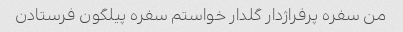
من سفره پرفراژدار گلدار خواستم سفره پیلگون فرستادن